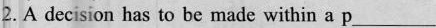
2.A decision has to be made within a p ___